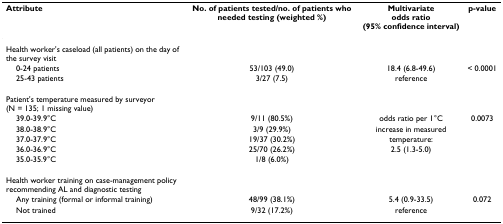
<table><thead><tr><td><b>Attribute</b></td><td><b>No. of patients tested/no. of patients who needed testing (weighted %)</b></td><td><b>Multivariateodds ratio(95% confidence interval)</b></td><td><b>p-value</b></td></tr></thead><tbody><tr><td>Health worker&#x27;s caseload (all patients) on the day of the survey visit</td><td></td><td></td><td></td></tr><tr><td> 0-24 patients</td><td>53/103 (49.0)</td><td>18.4 (6.8-49.6)</td><td>&lt; 0.0001</td></tr><tr><td> 25-43 patients</td><td>3/27 (7.5)</td><td>reference</td><td></td></tr><tr><td>Patient&#x27;s temperature measured by surveyor (N = 135; 1 missing value)</td><td></td><td></td><td></td></tr><tr><td> 39.0-39.9°C</td><td>9/11 (80.5%)</td><td>odds ratio per 1°C </td><td>0.0073</td></tr><tr><td> 38.0-38.9°C</td><td>3/9 (29.9%)</td><td>increase in measured </td><td></td></tr><tr><td> 37.0-37.9°C</td><td>19/37 (30.2%)</td><td>temperature:</td><td></td></tr><tr><td> 36.0-36.9°C</td><td>25/70 (26.2%)</td><td>2.5 (1.3-5.0)</td><td></td></tr><tr><td> 35.0-35.9°C</td><td>1/8 (6.0%)</td><td></td><td></td></tr><tr><td>Health worker training on case-management policy recommending AL and diagnostic testing</td><td></td><td></td><td></td></tr><tr><td> Any training (formal or informal training)</td><td>48/99 (38.1%)</td><td>5.4 (0.9-33.5)</td><td>0.072</td></tr><tr><td> Not trained</td><td>9/32 (17.2%)</td><td>reference</td><td></td></tr></tbody></table>